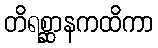
တိရစ္ဆာနကထိကာ